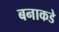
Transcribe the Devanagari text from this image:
बनाकडे